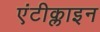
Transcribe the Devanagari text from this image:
एंटीक्लाइन